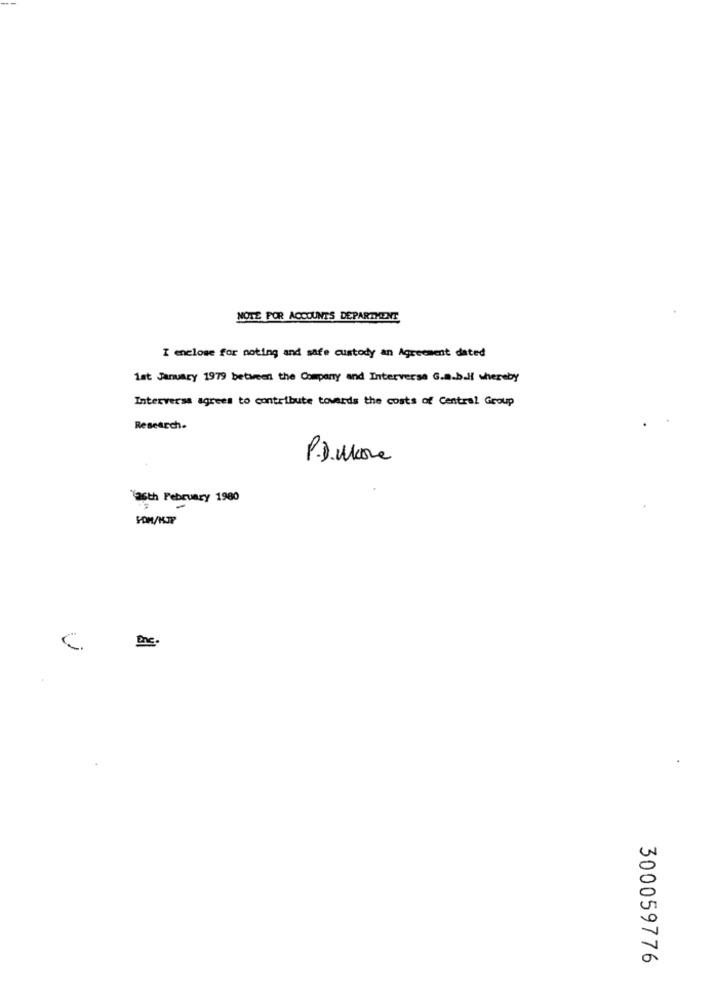
NOTE FOR ACCOUNTS DEPARTMENT
I enclose for noting and safe custody an Agreement dated
1at January 1979 between the Company and Interversa G.a.b.Hf whereby
Interversa agrees to contribute towards the costs of Central Group
Research.
P.D.More
36th February 1980
C. De.
300059776